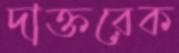
দাক্তরেক